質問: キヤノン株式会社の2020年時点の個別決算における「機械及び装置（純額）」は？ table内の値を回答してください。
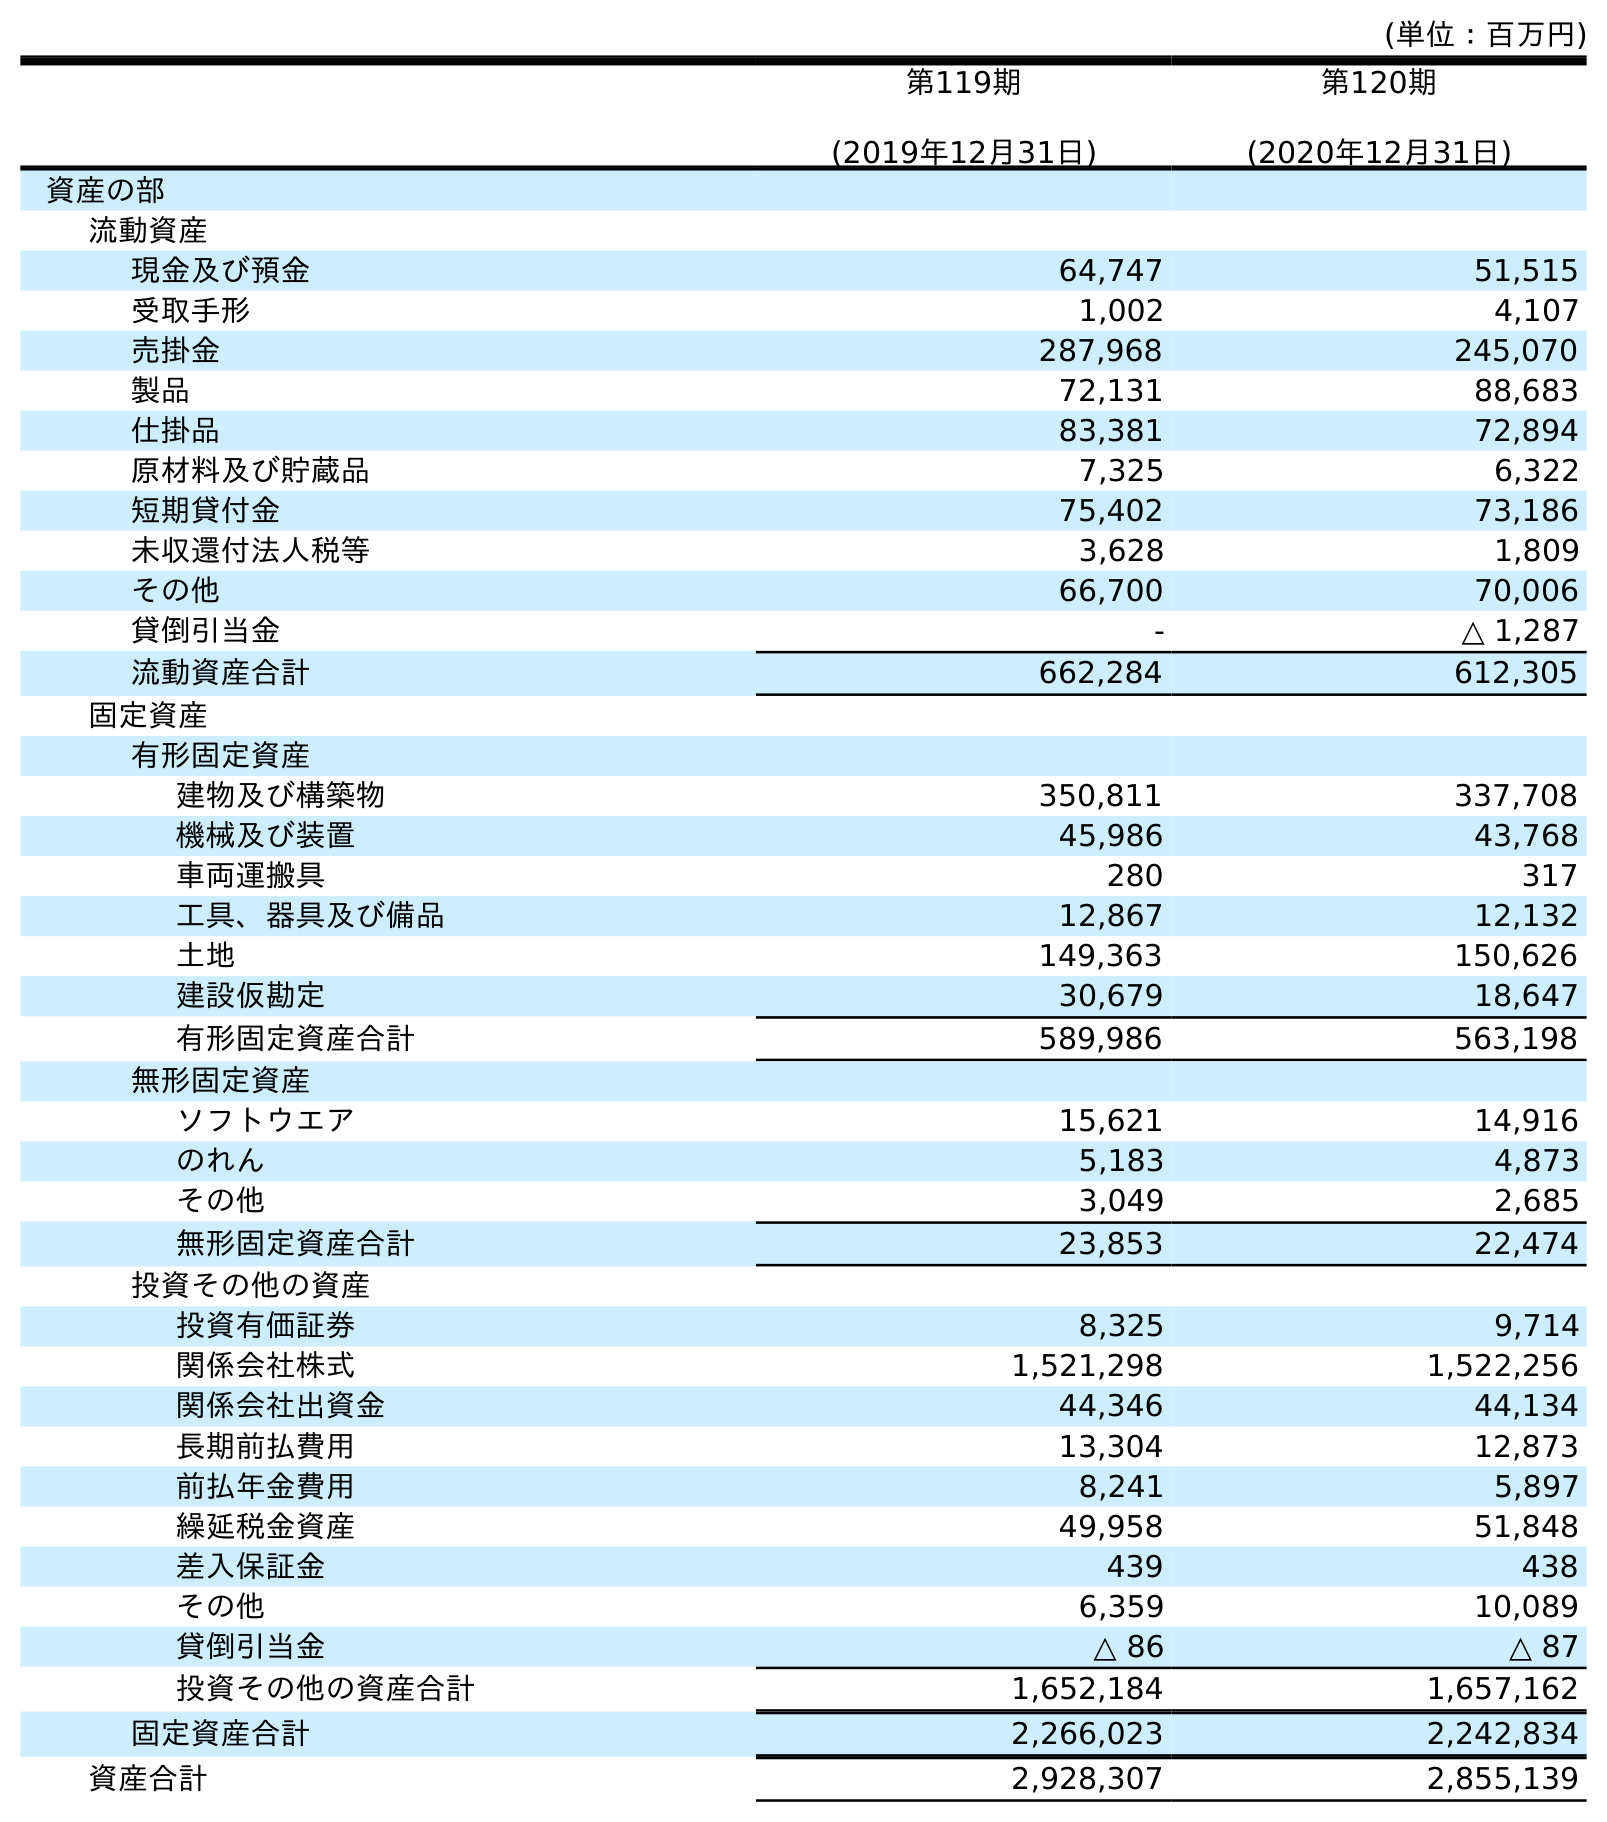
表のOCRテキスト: (単位：百万円) 第119期 (2019年12月31日) 第120期 (2020年12月31日) 資産の部 流動資産 現金及び預金 64,747 51,515 受取手形 1,002 4,107 売掛金 287,968 245,070 製品 72,131 88,683 仕掛品 83,381 72,894 原材料及び貯蔵品 7,325 6,322 短期貸付金 75,402 73,186 未収還付法人税等 3,628 1,809 その他 66,700 70,006 貸倒引当金 - △ 1,287 流動資産合計 662,284 612,305 固定資産 有形固定資産 建物及び構築物 350,811 337,708 機械及び装置 45,986 43,768 車両運搬具 280 317 工具、器具及び備品 12,867 12,132 土地 149,363 150,626 建設仮勘定 30,679 18,647 有形固定資産合計 589,986 563,198 無形固定資産 ソフトウエア 15,621 14,916 のれん 5,183 4,873 その他 3,049 2,685 無形固定資産合計 23,853 22,474 投資その他の資産 投資有価証券 8,325 9,714 関係会社株式 1,521,298 1,522,256 関係会社出資金 44,346 44,134 長期前払費用 13,304 12,873 前払年金費用 8,241 5,897 繰延税金資産 49,958 51,848 差入保証金 439 438 その他 6,359 10,089 貸倒引当金 △ 86 △ 87 投資その他の資産合計 1,652,184 1,657,162 固定資産合計 2,266,023 2,242,834 資産合計 2,928,307 2,855,139
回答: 43,768